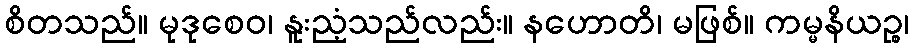
စိတသည်။ မုဒုစေဝ၊ နူးညံ့သည်လည်း။ နဟောတိ၊ မဖြစ်။ ကမ္မနိယဉ္စ၊